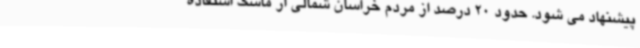
پیشنهاد می شود. حدود 20 درصد از مردم خراسان شمالی از ماسک استفاده